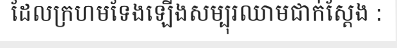
ដែលក្រហមទែងឡើងសម្បុរឈាមជាក់ស្តែង :